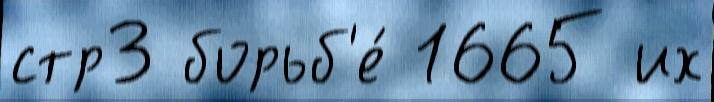
стр3 борьб'е́ 1665 их